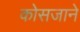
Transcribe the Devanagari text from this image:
कोसजाने